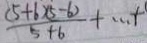
\frac { ( 5 + 6 ) ( 5 - 6 ) } { 5 + 6 } + \cdots +